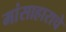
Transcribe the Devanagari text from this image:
मांसाहाराचे